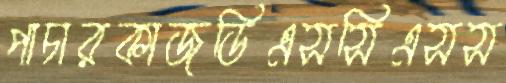
পাচারকাজডিএসসিএসস